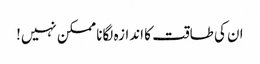
ان کی طاقت کا اندازہ لگانا ممکن نہیں!